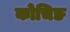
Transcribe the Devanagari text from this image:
कोचिङ